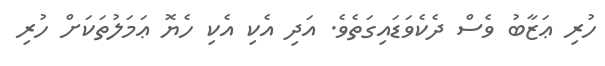
ހުރި ޢަޒާބު ވެސް ދެކެވަޑައިގަތެވެ. އަދި އެކި އެކި ހެޔޮ ޢަމަލުތަކަށް ހުރި